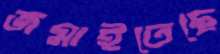
জমাইতেছে